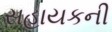
સહાયકની